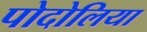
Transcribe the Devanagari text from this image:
पोदोलिया